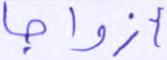
أزواجا